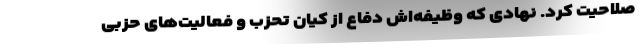
صلاحیت کرد. نهادی که وظیفه‌اش دفاع از کیان تحزب و فعالیت‌های حزبی